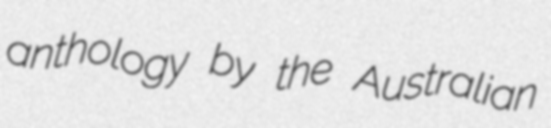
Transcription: anthology by the Australian